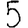
Digit: 5